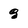
Character: g